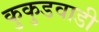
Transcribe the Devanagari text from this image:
कुकुडवाडी